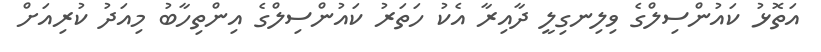
އަތޮޅު ކައުންސިލްގެ ވިލިނގިލީ ދާއިރާ އެކު ހަތަރު ކައުންސިލްގެ އިންތިހާބު މިއަދު ކުރިއަށް